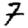
Digit: 7